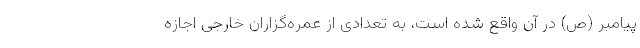
پیامبر (ص) در آن واقع شده است، به تعدادی از عمره‌گزاران خارجی اجازه